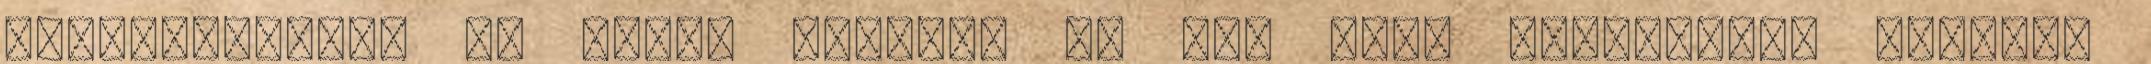
kapcsolatával és saját éltével is meg kell birkóznia, ugyanis